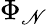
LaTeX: \Phi_{\mathscr{N}}